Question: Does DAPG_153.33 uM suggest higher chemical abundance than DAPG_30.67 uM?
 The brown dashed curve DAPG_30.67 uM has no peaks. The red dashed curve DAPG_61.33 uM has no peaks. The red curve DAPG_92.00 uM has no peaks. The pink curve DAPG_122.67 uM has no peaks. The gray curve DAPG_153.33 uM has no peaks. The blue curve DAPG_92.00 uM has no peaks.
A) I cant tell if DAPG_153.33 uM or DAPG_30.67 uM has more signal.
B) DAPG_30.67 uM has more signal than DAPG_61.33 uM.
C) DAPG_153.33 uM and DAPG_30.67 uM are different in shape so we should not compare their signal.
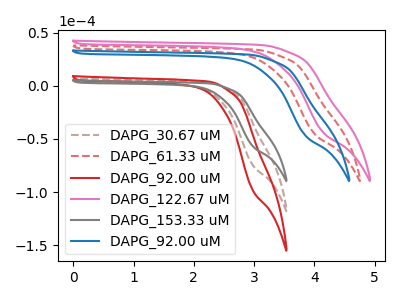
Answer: <think>Neither "DAPG_153.33 uM" or "DAPG_30.67 uM" have any peaks.
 </think>
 <answer>A) I cant tell if "DAPG_153.33 uM" or "DAPG_30.67 uM" has more signal.</answer>
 <eval>A</eval>